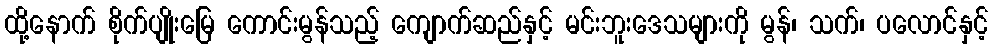
ထို့နောက် စိုက်ပျိုးမြေ ကောင်းမွန်သည့် ကျောက်ဆည်နှင့် မင်းဘူးဒေသများကို မွန်၊ သက်၊ ပလောင်နှင့်